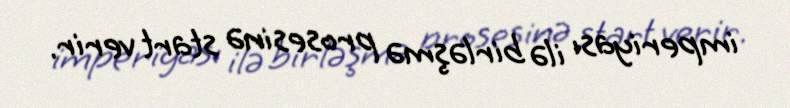
imperiyası ilə birləşmə prosesinə start verir.